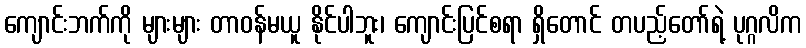
ကျောင်းဘက်ကို များများ တာဝန်မယူ နိုင်ပါဘူး၊ ကျောင်းပြင်စရာ ရှိတောင် တပည့်တော်ရဲ့ ပုဂ္ဂလိက